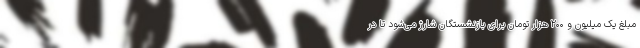
مبلغ یک میلیون و ۲۰۰ هزار تومان برای بازنشستگان شارژ می‌شود تا در